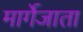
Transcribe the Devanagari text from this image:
मार्गेजाता